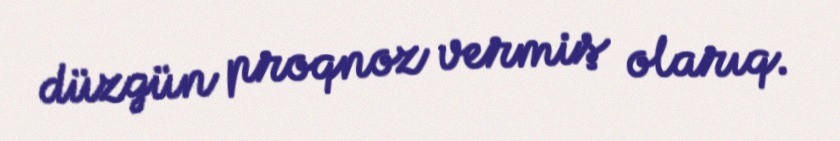
düzgün proqnoz vermiş olarıq.